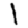
Digit: 1